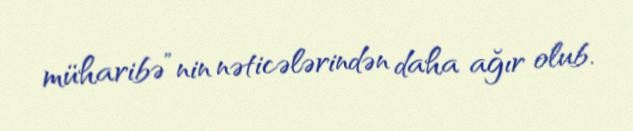
müharibə”nin nəticələrindən daha ağır olub.